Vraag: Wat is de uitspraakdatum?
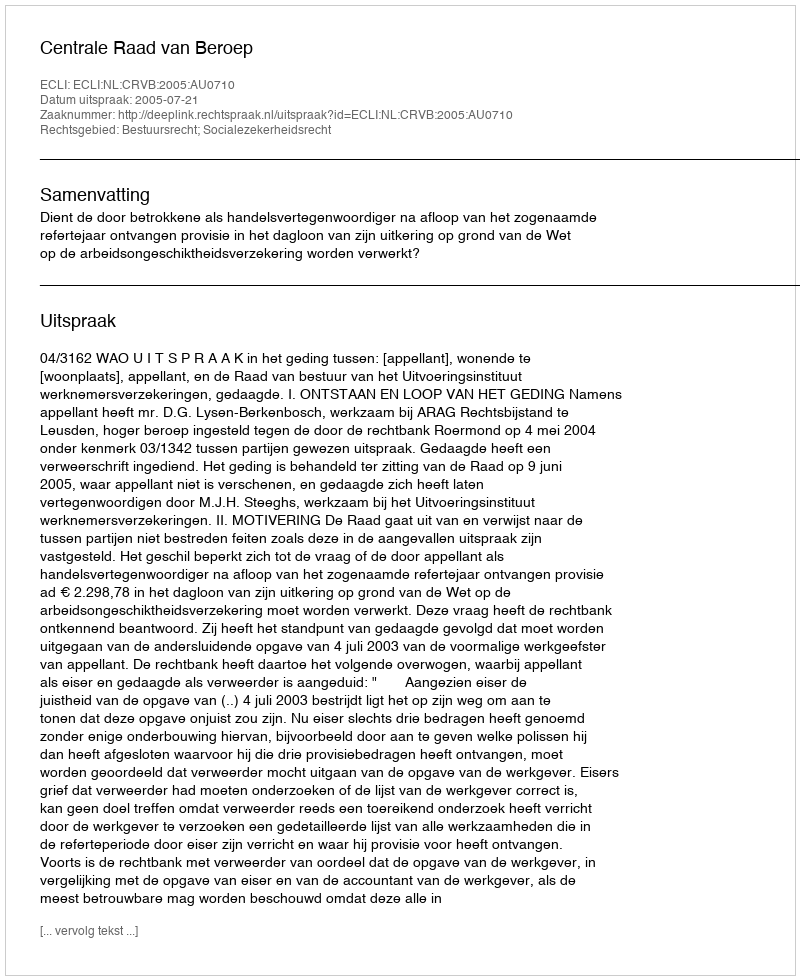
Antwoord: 2005-07-21